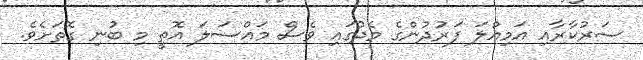
ސަރުކާރާއި އަމިއްލަ ފަރުދުންގެ މެދުގައި ވެސް މައްސަލަ އޮތީ މި ބުނި ގޮތަށެވެ.